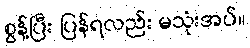
စွန့်ပြီး ပြန်ရလည်း မသုံးအပ်။